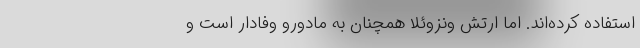
استفاده کرده‌اند. اما ارتش ونزوئلا همچنان به مادورو وفادار است و